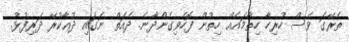
ތެރޭގަ ވެސް ހުރިހާ ހިތާމައެއް ހިތުން ފޮހެވިގެންދާނެ. ދެއަތް ނަގައި ދުޢާކުރޭ ދަރިފުޅު.